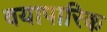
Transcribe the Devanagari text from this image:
वयापारिक